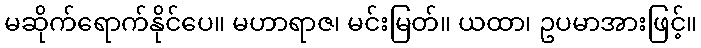
မဆိုက်ရောက်နိုင်ပေ။ မဟာရာဇ၊ မင်းမြတ်။ ယထာ၊ ဥပမာအားဖြင့်။